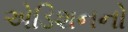
એડિશનનો